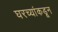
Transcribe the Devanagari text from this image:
घरच्यांकडून